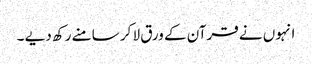
انہوں نے قرآن کے ورق لا کر سامنے رکھ دیے ۔